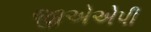
જીએએપી